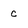
Character: c